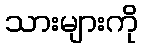
သားများကို